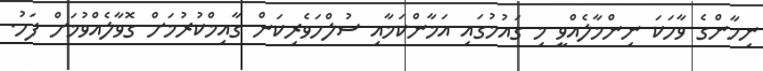
ނިހާންގެ ވާހަކަ ނިންމާލެއްވީ މި ގައުމުގައި އަމާންކަމާއި ސުލްހަވެރިކަން ގާއިމްކުރުމަށް ގޮވާލެއްވުމަށް ފަހު.